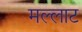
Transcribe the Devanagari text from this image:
मल्लाट